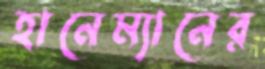
হানেম্যানের